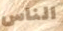
الناس